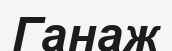
Ганаж